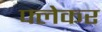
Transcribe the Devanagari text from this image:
फ्लेकर